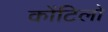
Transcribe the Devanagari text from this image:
कोंटिलो